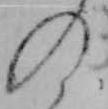
の